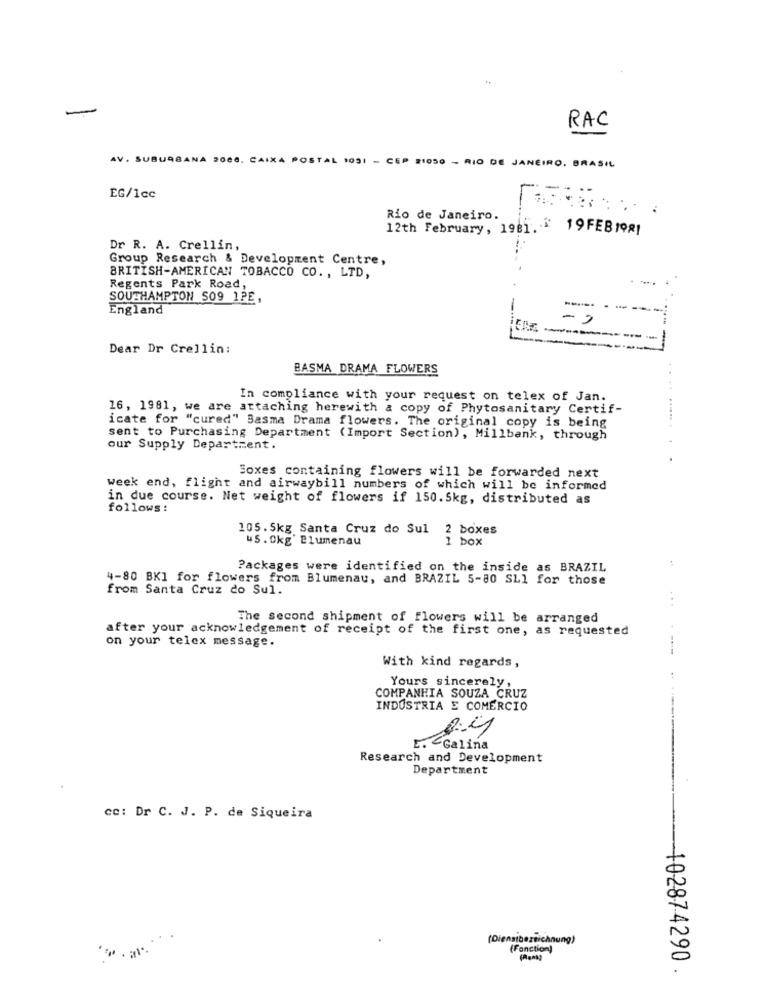
-
RAC
AV. SUBURBANA 2000. CAIXA POSTAL 10SI - CEP 31050 - RIO DE JANEIRO, BRASIL
EG/1cc
Rio de Janeiro.
12th February, 1981. - 19 FEB1981
Dr R. A. Crellin,
Group Research & Development Centre,
BRITISH-AMERICAN TOBACCO CO ., LTD,
Regents Park Road,
SOUTHAMPTON S09 1PE,
England
---
Dear Dr Crellin:
BASMA DRAMA FLOWERS
In compliance with your request on telex of Jan.
16, 1981, we are attaching herewith a copy of Phytosanitary Certif-
icate for "cured" Basma Drama flowers. The original copy is being
sent to Purchasing Department (Import Section), Millbank, through
our Supply Department.
..
Boxes containing flowers will be forwarded next
week end, flight and airwaybill numbers of which will be informed
in due course. Net weight of flowers if 150.5kg, distributed as
follows:
105. 5kg Santa Cruz do Sul
2 boxes
45. Okg' Blumenau
1 box
Packages were identified on the inside as BRAZIL
4-80 BKI for flowers from Blumenau, and BRAZIL 5-80 SLl for those
from Santa Cruz do Sul.
. ..
The second shipment of flowers will be arranged
after your acknowledgement of receipt of the first one, as requested
on your telex message.
With kind regards,
Yours sincerely,
COMPANHIA SOUZA CRUZ
INDUSTRIA E COMERCIO
Galina
Research and Development
Department
cc: Dr C. J. P. de Siqueira
enstbezeichnung)
al.
(Fonction)
-102874290